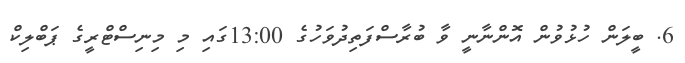
6. ބީލަން ހުޅުވުން އޮންނާނީ ވާ ބުރާސްފަތިދުވަހުގެ 13:00ގައި މި މިނިސްޓްރީގެ ޕަބްލިކް